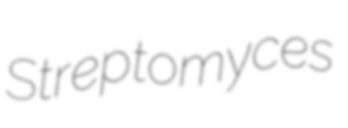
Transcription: Streptomyces